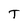
Character: T